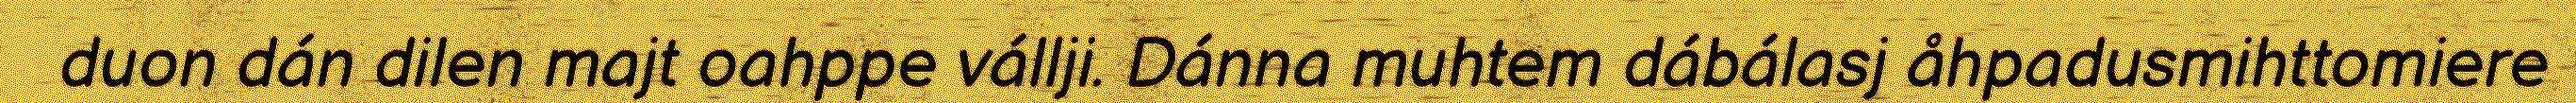
duon dán dilen majt oahppe vállji. Dánna muhtem dábálasj åhpadusmihttomiere